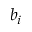
b _ { i }